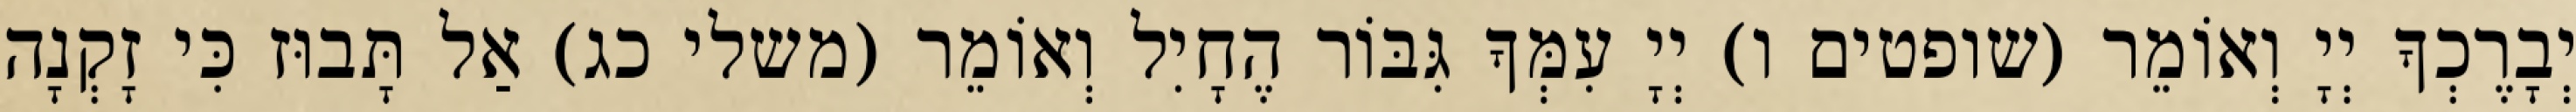
יְבָרֶכְךָ יְיָ וְאוֹמֵר (שופטים ו) יְיָ עִמְּךָ גִּבּוֹר הֶחָיִל וְאוֹמֵר (משלי כג) אַל תָּבוּז כִּי זָקְנָה